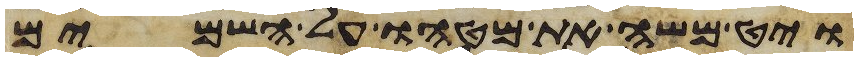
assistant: ויט משה את מטהו על השמים